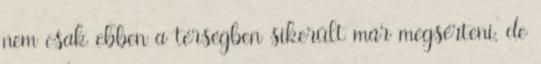
nem csak ebben a térségben sikerült már megsérteni, de